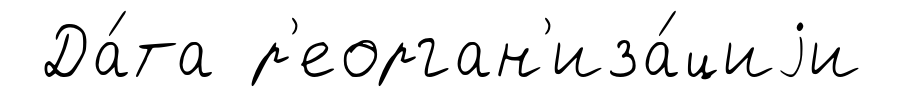
Да́та р'еорган'иза́циjи